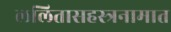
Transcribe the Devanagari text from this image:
ललितासहस्त्रनामात